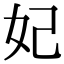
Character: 妃